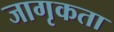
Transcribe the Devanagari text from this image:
जागृकता